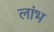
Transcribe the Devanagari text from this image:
लांभ